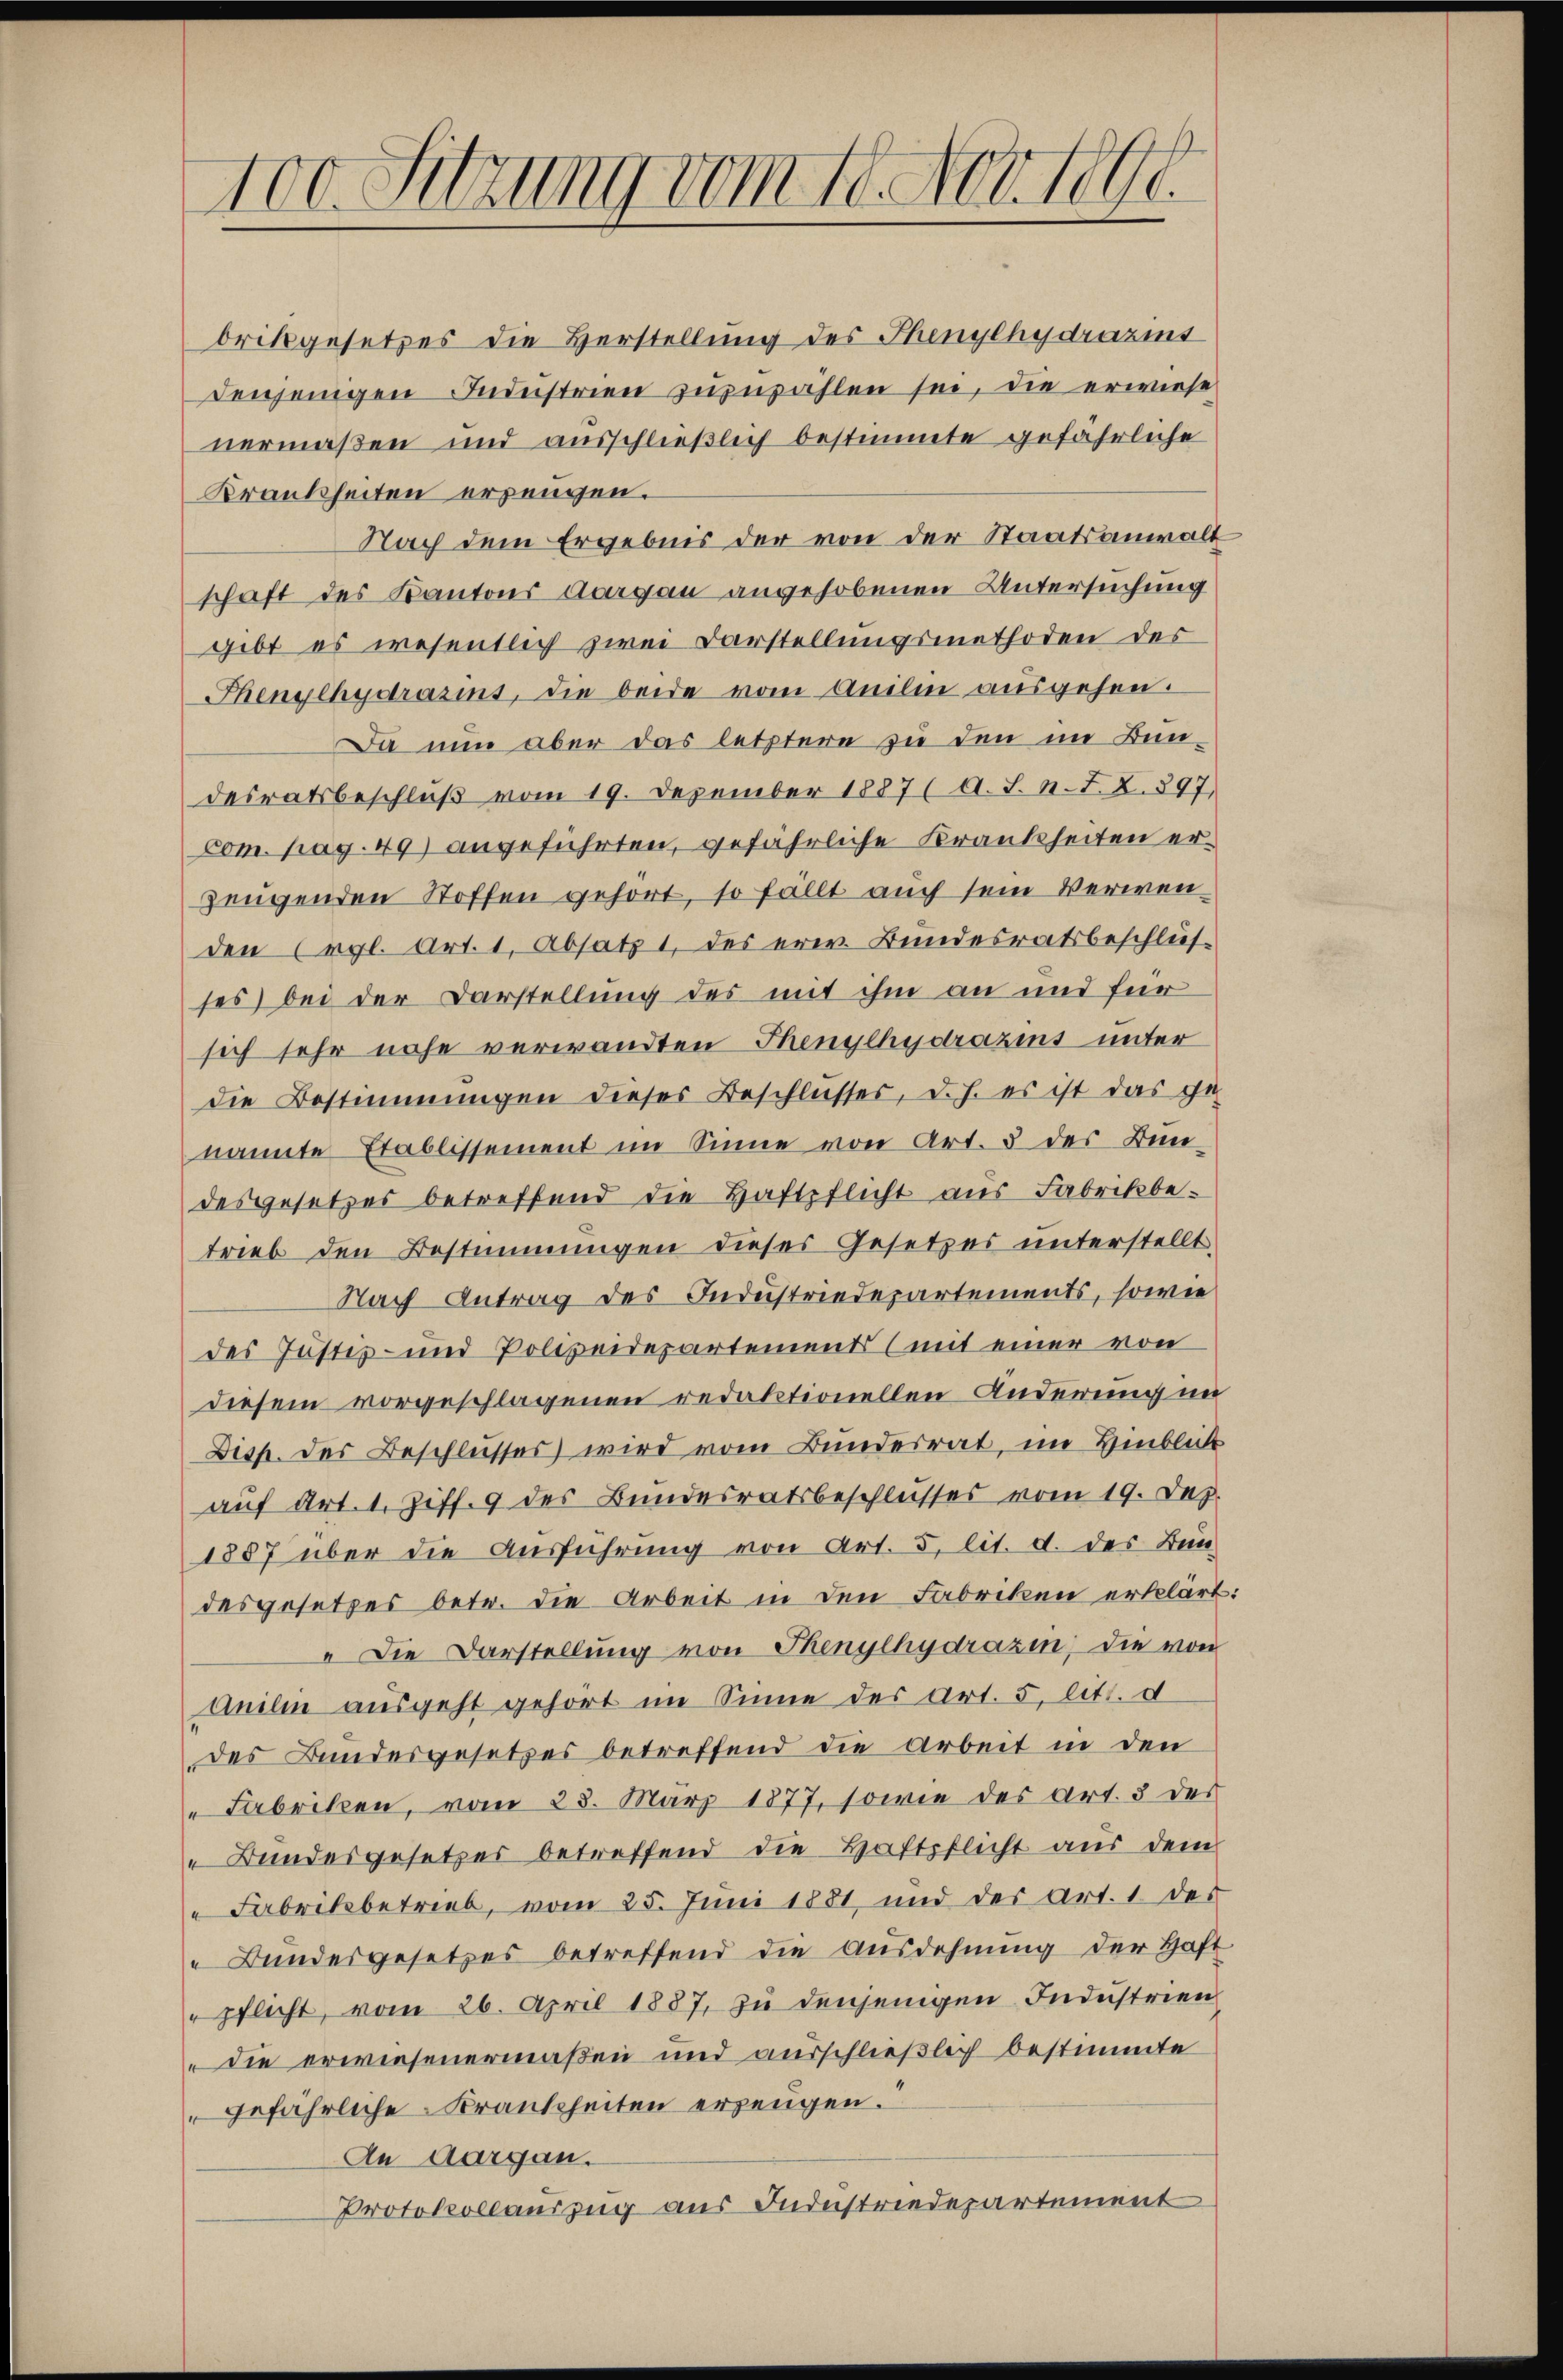
100. Sitzung vom 18. Nov. 1890.

brikgesetzes die Herstellung des Thenylhydraris
denjenigen Industrien zuzuzählen sei, die erwiese
nermaßen und ausschließlich bestimmte gefährliche
Krankheiten erzeugen.
Nach dem Ergebnis der von der Staatsanwalt
schaft des Kantons Aargau angehobenen Untersuchung
gibt es wesentlich zwei Darstellungsmethoden der
Thenylhydrasins, die beide vom Anilin ausgehen.
Da nun aber das letztere zu den im Bun-
desratsbeschlŭβ vom 19. Dezember 1887 (A. S. N. Z. Z. 897
Com. pag. 49) angeführten, gefährliche Krankheiten erzeugenden Stoffen gehört, so fällt auch sein Verwenden Ergl. Art. 1, Absatz 1 des erw. Bundesratsbeschlüs
ses) bei der Darstellung des mit ihm an und für
sich sehr nahe verwandten Thenyehydrazins unter
die Bestimmungen dieses Beschlusses, d. h. es ist das ge-
nannte Etablissement im Sinne von Art. 3 des Bun-
desgesetzes betreffend die Haftpflicht aus Fabrikbe-
trieb den Bestimmungen dieses Gesetzes unterstellt.
Nach Antrag des Industriedepartements, sowie
des Justiz- und Polizeidepartement (mit einer von
diesem vorgeschlagenen redaktionellen Änderung im
Disp. des Beschlusses wird vom Bundesrat, im Hinblick
auf Art. 1. Ziff. 9 des Bundesratsbeschlusses vom 19. Dez.
1887 über die Ausführung von Art. 5, lit. d. des Bun-
desgesetzes betr. die Arbeit in den Fabriken erklärt:
" Die Darstellung von Thenylhydrazin, die von
Anilin ausgeht gehört im Sinne des Art. 5 litt. d
des Bundesgesetzes betreffend die Arbeit in den
" Fabriken, vom 28. März 1877, sowie des Art. 3 des
" Bundesgesetzes betreffend die Haftpflicht aŭs dem
" Fabrikbetrieb, vom 25. Juni 1881, und des Art. 1 der
 Bundesgesetzes betreffend die Ausdehnung der Haft
"pflicht, vom 26. April 1887, zu denjenigen Industrien
die erwiesenermaßen und ausschließlich bestimmte
gefährliche Krankheiten erzeugen.“
An Aargau.
Protokollauszug aus Industriedepartement